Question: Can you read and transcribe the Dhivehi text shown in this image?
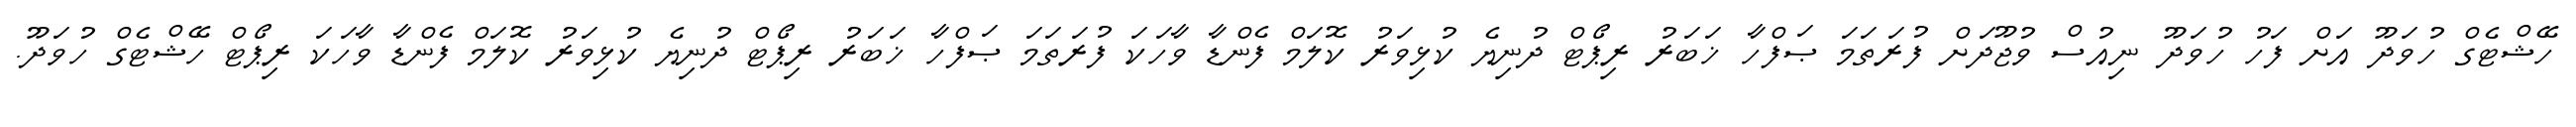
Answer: ހޭޝްޓެގް ހުވަދޫ އަށް ފަހު ހުވަދޫ ނިއުސް ވުޖޫދަށް ފުރަތަމަ ޞަފްހާ ޚަބަރު ރިޕޯޓް ދުނިޔެ ކުޅިވަރު ކޮލަމް ފެންޑާ ވާހަކަ ފުރަތަމަ ޞަފްހާ ޚަބަރު ރިޕޯޓް ދުނިޔެ ކުޅިވަރު ކޮލަމް ފެންޑާ ވާހަކަ ރިޕޯޓް ހޭޝްޓެގް ހުވަދޫ.